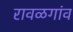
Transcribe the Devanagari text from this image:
रावळगांव